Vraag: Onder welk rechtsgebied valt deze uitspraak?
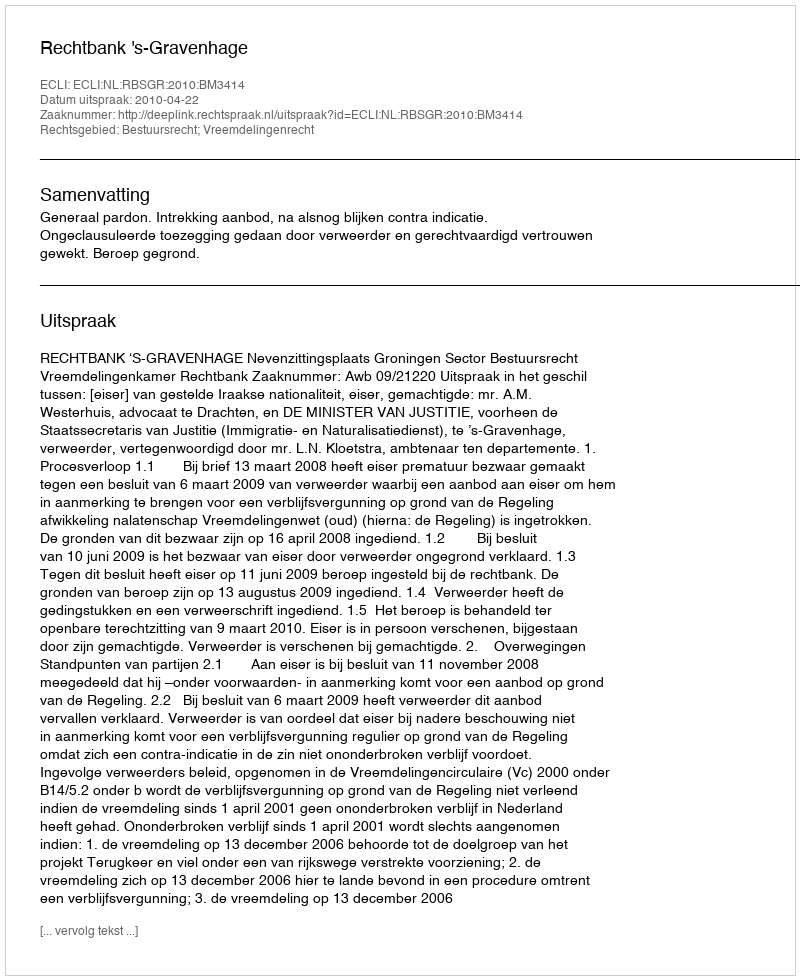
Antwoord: Bestuursrecht; Vreemdelingenrecht